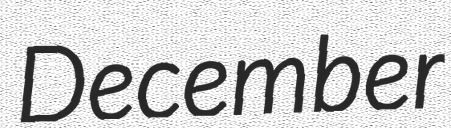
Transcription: December